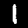
Label: 1